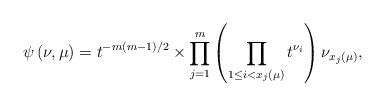
LaTeX: \begin{align*}\psi\left(\nu,\mu\right)=t^{-m(m-1)/2}\times\prod_{j=1}^{m}\left(\prod_{1 \leq i < x_j(\mu)}t^{\nu_i}\right)\nu_{x_j(\mu)},\end{align*}